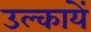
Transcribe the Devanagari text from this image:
उल्कायें